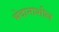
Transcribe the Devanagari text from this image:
भेदानाशील